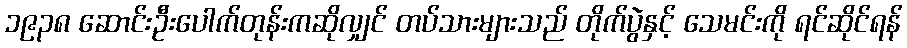
၁၉၃၈ ဆောင်းဦးပေါက်တုန်းကဆိုလျှင် တပ်သားများသည် တိုက်ပွဲနှင့် သေမင်းကို ရင်ဆိုင်ရန်